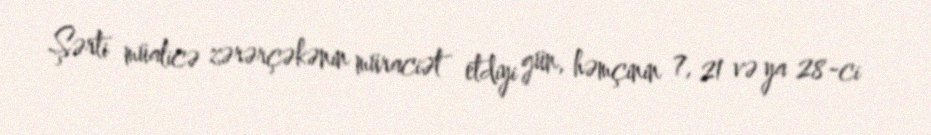
Şərti müalicə zərərçəkənin müraciət etdiyi gün, həmçinin 7, 21 və ya 28-ci